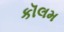
કૉલમ